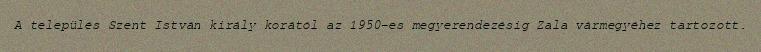
A település Szent István király korától az 1950-es megyerendezésig Zala vármegyéhez tartozott.